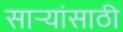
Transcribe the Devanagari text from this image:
सार्‍यांसाठी